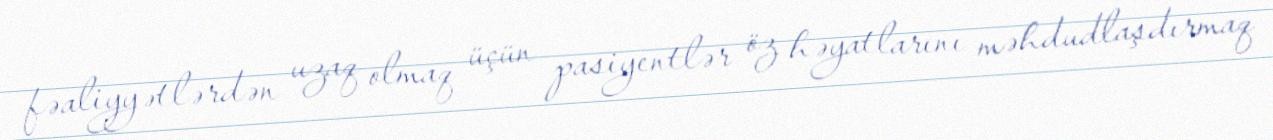
fəaliyyətlərdən uzaq olmaq üçün pasiyentlər öz həyatlarını məhdudlaşdırmaq